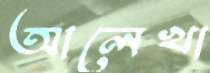
আলেখা